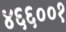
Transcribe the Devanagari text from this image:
४६६००१